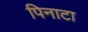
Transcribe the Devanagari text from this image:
पिनाटा